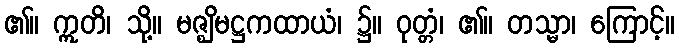
၏။ ဣတိ၊ သို့။ မဇ္ဈိမဋ္ဌကထာယံ၊ ၌။ ဝုတ္တံ၊ ၏။ တသ္မာ၊ ကြောင့်။